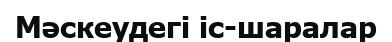
Мәскеудегі іс-шаралар